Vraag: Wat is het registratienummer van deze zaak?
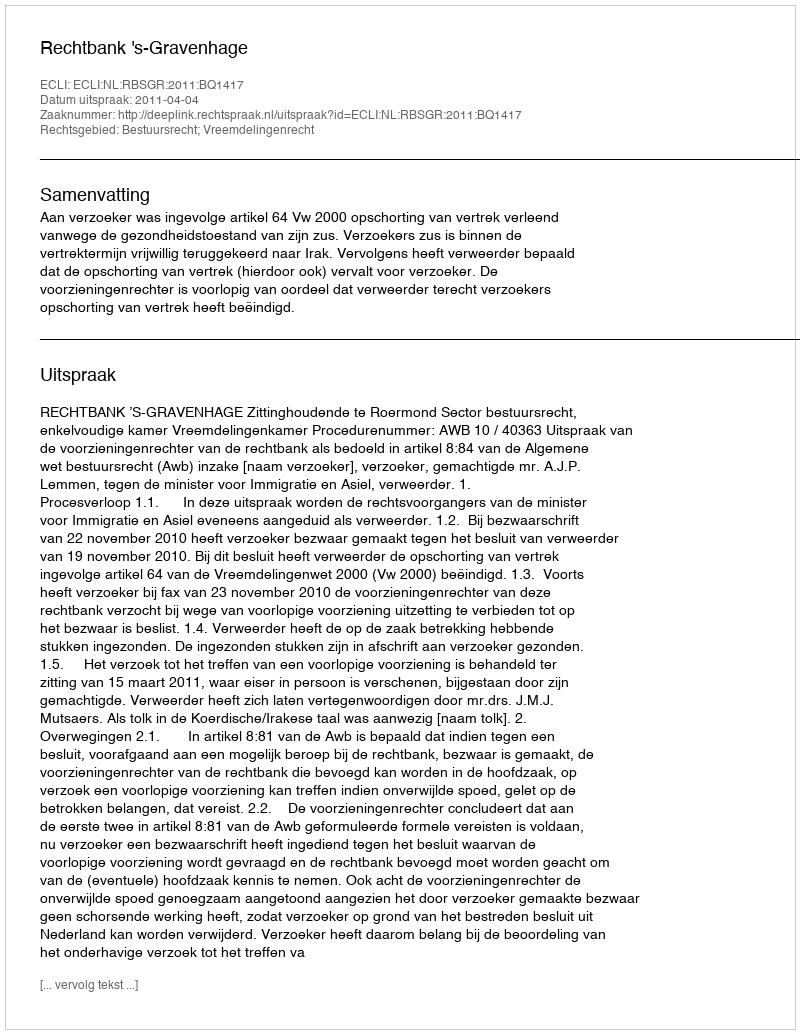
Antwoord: http://deeplink.rechtspraak.nl/uitspraak?id=ECLI:NL:RBSGR:2011:BQ1417